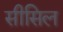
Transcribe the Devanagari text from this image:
सीसिल